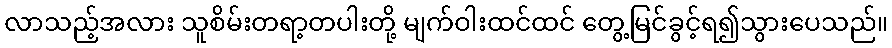
လာသည့်အလား သူစိမ်းတရာ့တပါးတို့ မျက်ဝါးထင်ထင် တွေ့မြင်ခွင့်ရ၍သွားပေသည်။